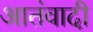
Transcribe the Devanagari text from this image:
आतंवादी